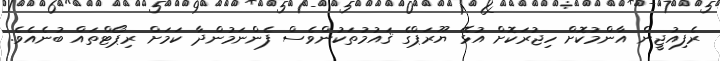
ރެފިއުޖީން އާންމުކޮށް ހިޖުރަކޮށް އުޅޭ ޔޫރަޕްގެ ޤައުމުތަކުންވެސް ފެންނަމުންދާ ކަމަށް ރިޕޯޓްތައް ބުނެއެވެ.